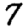
Digit: 7